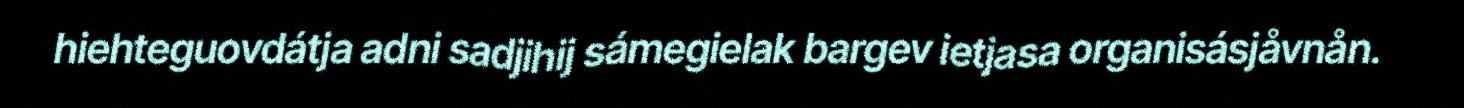
hiehteguovdátja adni sadjihij sámegielak bargev ietjasa organisásjåvnån.